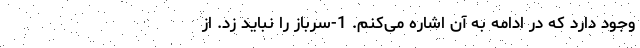
وجود دارد که در ادامه به آن اشاره می‌کنم. 1-سرباز را نباید زد. از